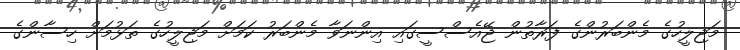
މަޖިލީހުގެ މެންބަރުންގެ ފަރާތުން ޖޭއެސްސީގައި އިންނަވާ މެންބަރު ކަމަށް މަޖިލީހުގެ ތަޅުމަށް ހިސާންގެ